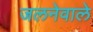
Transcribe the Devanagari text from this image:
जलनेवाले